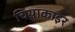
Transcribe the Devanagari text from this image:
चियाकाइर